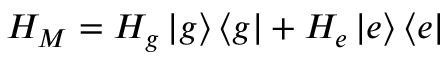
H _ { M } = H _ { g } \left\lvert g \right\rangle \left\langle g \right\rvert + H _ { e } \left\lvert e \right\rangle \left\langle e \right\rvert